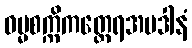
ဓမ္မစက္ကိကတ္ထေရအပဒါနံ